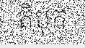
តិបុក